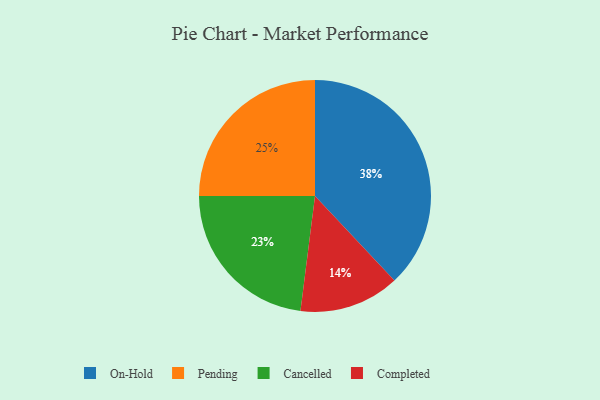
{"axis": {"x": "Category", "y": "Percentage"}, "legend": ["Cancelled", "Completed", "On-Hold", "Pending"], "data": [{"x": "Completed", "y": 14, "type": "Completed"}, {"x": "Cancelled", "y": 23, "type": "Cancelled"}, {"x": "On-Hold", "y": 38, "type": "On-Hold"}, {"x": "Pending", "y": 25, "type": "Pending"}]}